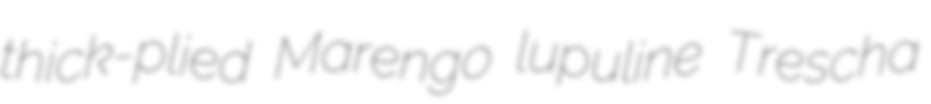
thick-plied Marengo lupuline Trescha